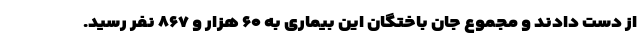
از دست دادند و مجموع جان باختگان این بیماری به ۶۰ هزار و ۸۶۷ نفر رسید.